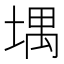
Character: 堣